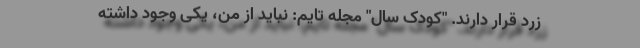
زرد قرار دارند. "کودک سال" مجله تایم: نباید از من، یکی وجود داشته